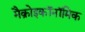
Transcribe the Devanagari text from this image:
मैक्रोइकॉनॉमिक